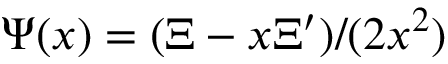
\Psi ( x ) = ( \Xi - x \Xi ^ { \prime } ) / ( 2 x ^ { 2 } )